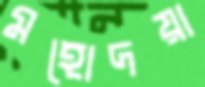
মহোদয়া